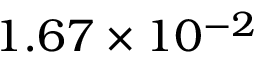
1 . 6 7 \times 1 0 ^ { - 2 }